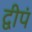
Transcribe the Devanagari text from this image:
द्वीपं